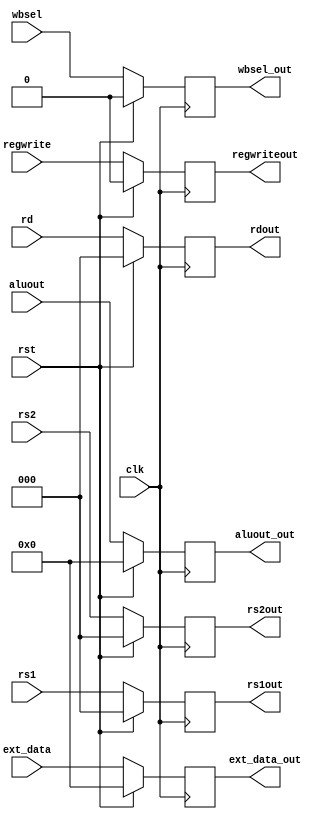
`timescale 1ns / 1ps

module Ex_wb_reg(
    input clk, input rst, 
    input [2:0] rs1, input [2:0] rs2,
    input [2:0] rd,
    input [7:0] ext_data,
    input [7:0] aluout,
    input regwrite, input wbsel,
    output reg [2:0] rs1out, output reg [2:0] rs2out,
    output reg [2:0] rdout,
    output reg [7:0] ext_data_out,
    output reg [7:0] aluout_out,
    output reg regwriteout,
    output reg wbsel_out
    );
    
    always@(posedge clk)
    begin
        if(rst==1)
        begin
            rs1out=0;
            rs2out=0;
            rdout=0;
            ext_data_out=0;
            aluout_out=0;
            regwriteout=0;
            wbsel_out=0;
        end
        else
        begin
            rs1out=rs1;
            rs2out=rs2;
            rdout=rd;
            ext_data_out=ext_data;
            aluout_out=aluout; 
            regwriteout=regwrite;
            wbsel_out=wbsel;
        end
    end
endmodule